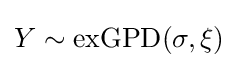
Y\sim \mathrm {exGPD} (\sigma ,\xi )